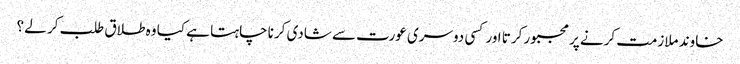
خاوند ملازمت کرنے پر مجبور کرتا اور کسی دوسری عورت سے شادی کرنا چاہتا ہے کیا وہ طلاق طلب کر لے ؟